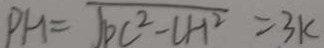
P H = \sqrt { P C ^ { 2 } - C H ^ { 2 } } = 3 k